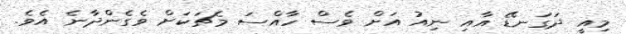
މިއީ ދަގަނޑޭ އާއި ނިއު އަށް ވެސް ހާއްސަ މެޗަކަށް ވެގެންދާނެ އެވެ.